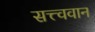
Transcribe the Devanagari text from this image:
सत्त्ववान